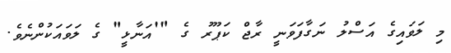
މި ލަވައިގެ އަސްލު ނަގާފަވަނީ ރާޖް ކަޕޫރު ގެ "'އަނާޅީ" ގެ ލަވައަކުންނެވެ.